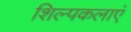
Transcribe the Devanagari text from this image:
शिल्पकलाएं